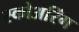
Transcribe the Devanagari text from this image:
स्कोअरिंग